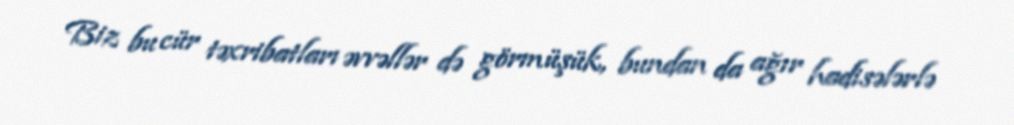
Biz bu cür təxribatları əvvəllər də görmüşük, bundan da ağır hadisələrlə